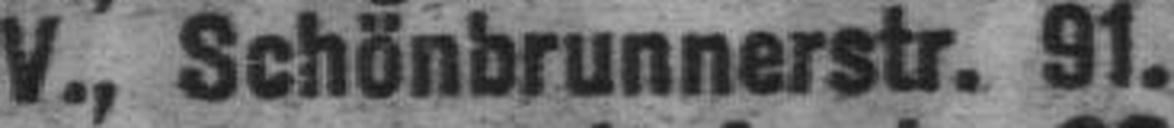
V., Schönbrunnerstr. 91.